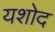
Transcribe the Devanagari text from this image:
यशोद